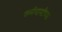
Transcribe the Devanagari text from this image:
कर्मचार्यांच्या